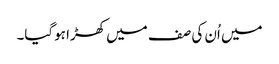
میں اُن کی صف میں کھڑا ہوگیا۔